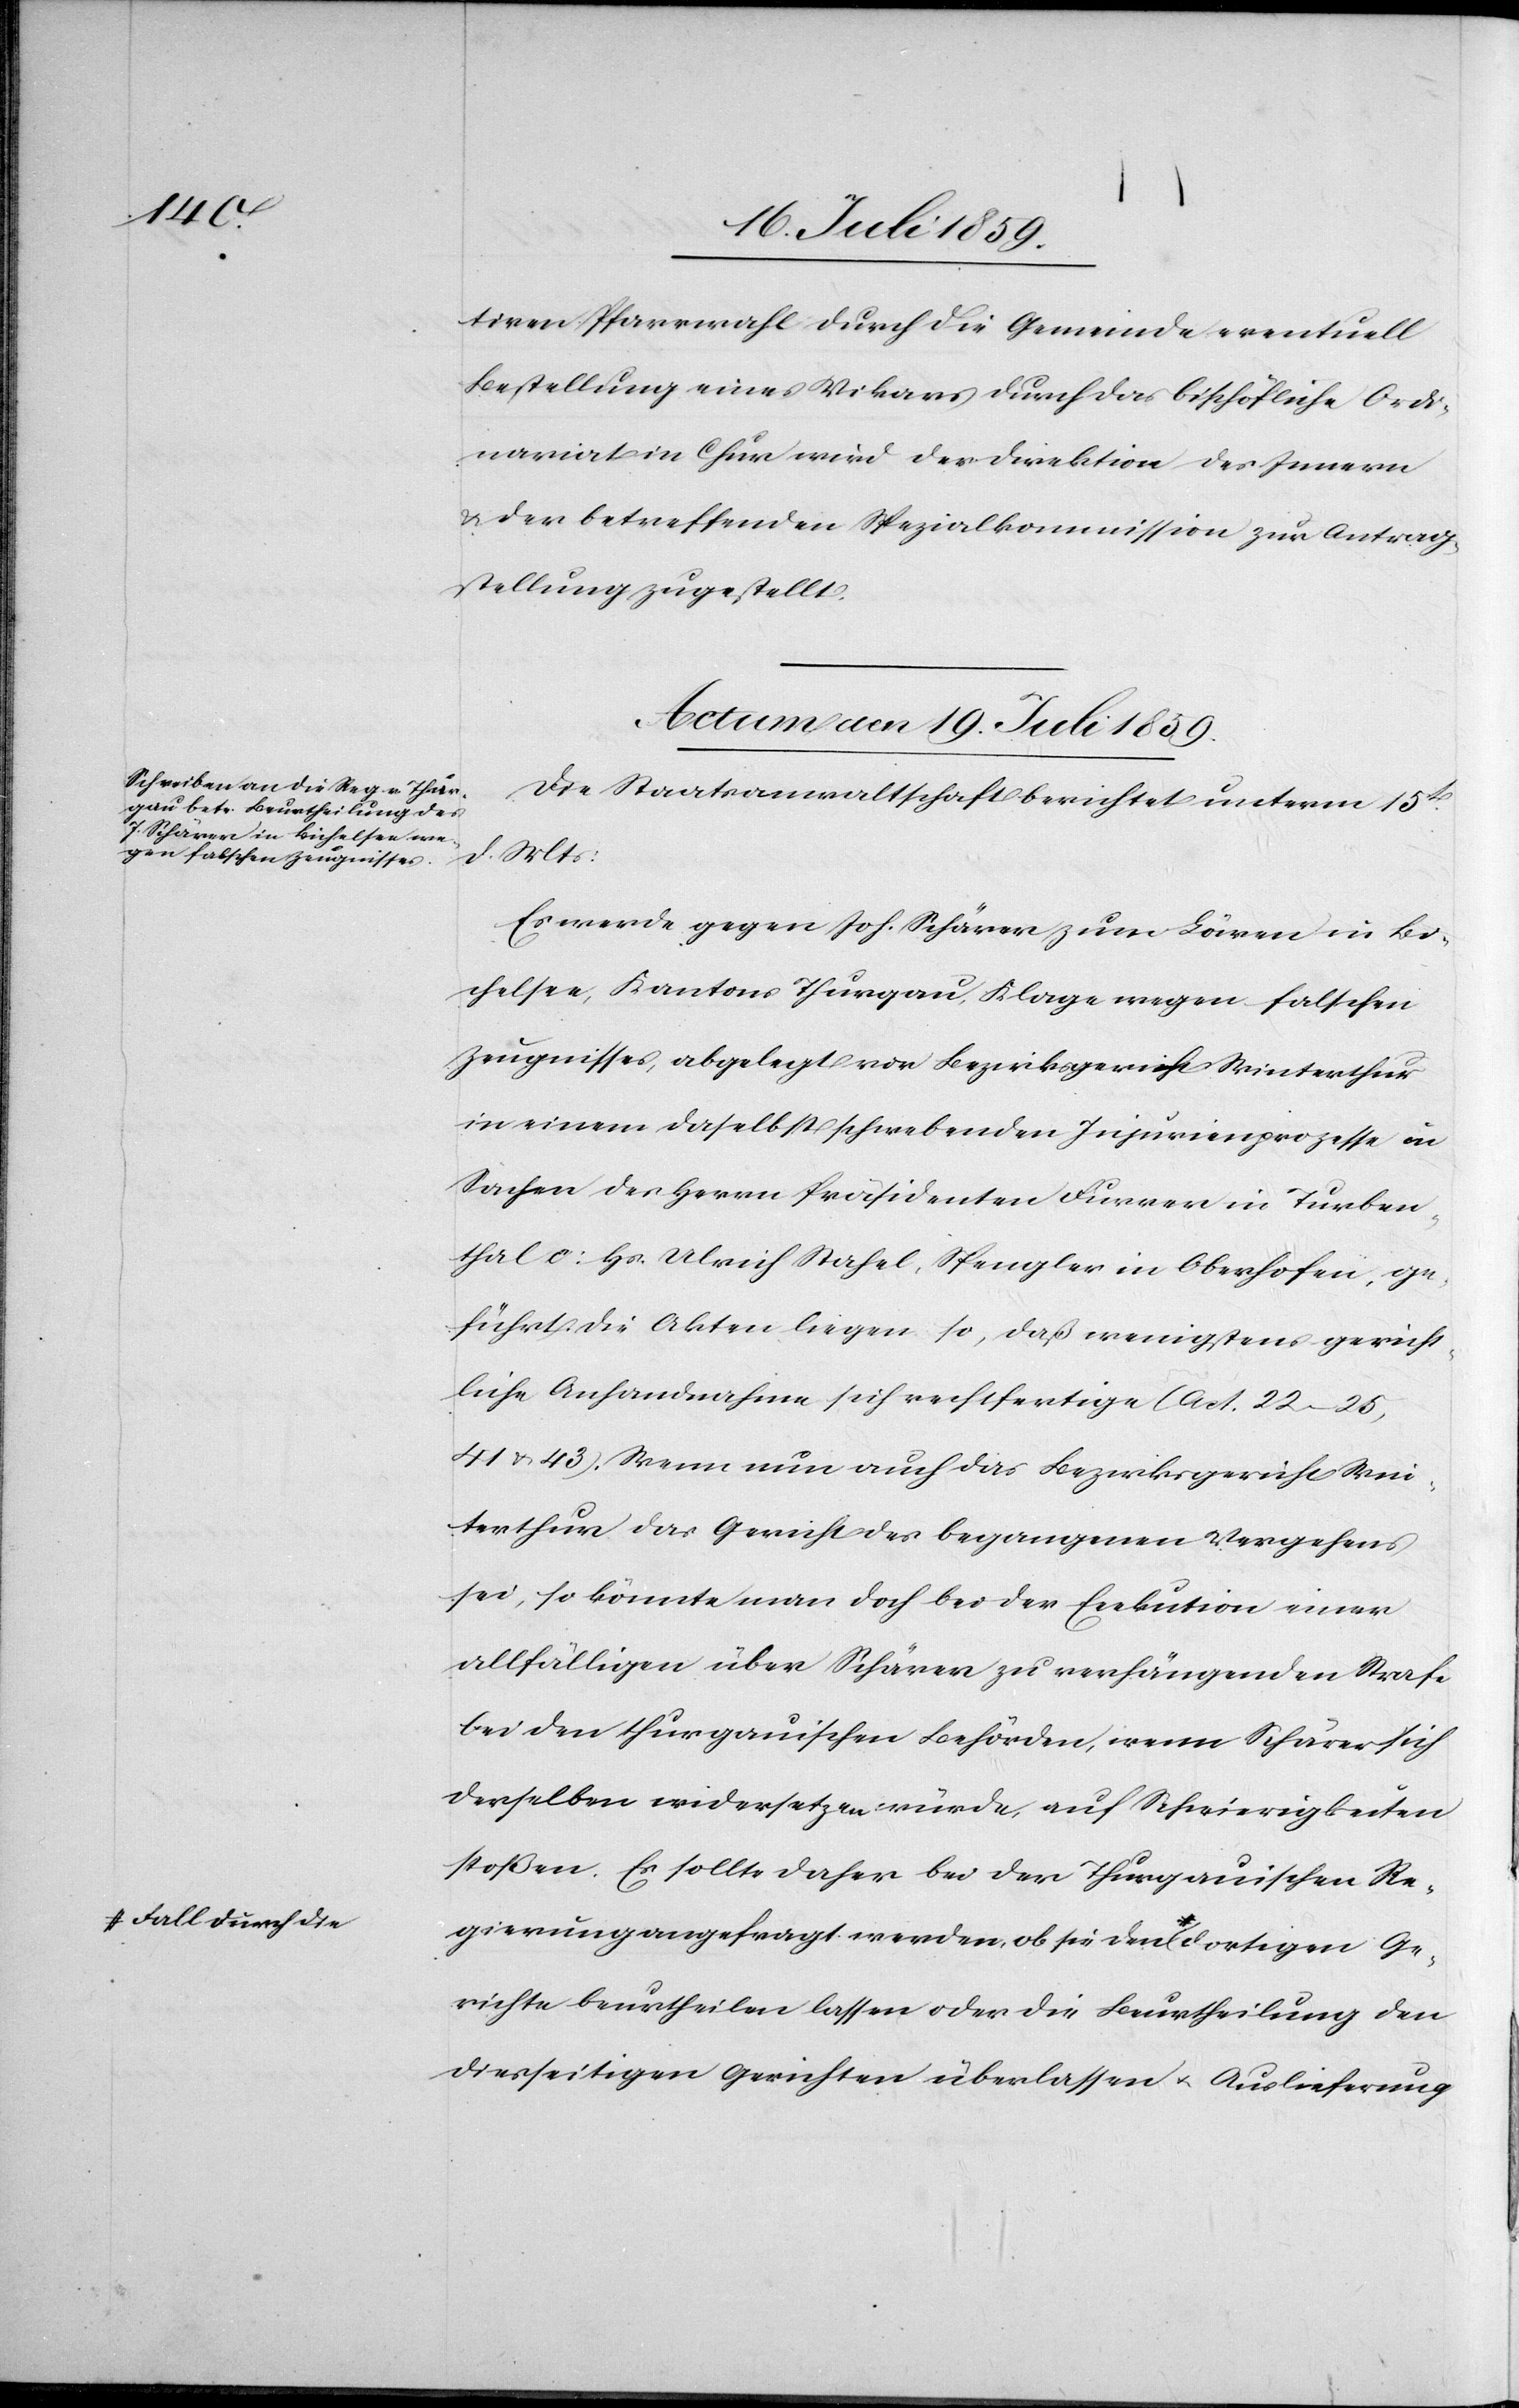
tiven Pfarrwahl durch die Gemeinde eventuell
Bestellung eines Vikars durch das bischöfliche Ordi¬
nariat in Chur wird der Direktion des Innern
u. der betreffenden Spezialkommission zur Antrag¬
stellung zugestellt.
Actum den 19. Juli 1859.
Die Staatsanwaltschaft berichtet unterm 15t.
d. Mts:
Es werde gegen Joh. Schärer [sic!] zum Löwen in Bi¬
chelsee, Kanton Thurgau, Klage wegen falschen
Zeugnisses, abgelegt vor Bezirksgericht Winterthur
in einem daselbst schwebenden Injurienprozesse in
Sachen des Herrn Präsidenten Furrer in Turben¬
thal c: Hs. Ulrich Stahel, Spengler in Oberhofen, ge¬
führt. Die Akten liegen so, daß wenigstens gericht¬
liche Anhandnahme sich rechtfertige (Act. 22–25,
41 u. 43). Wenn nun auch das Bezirksgericht Win¬
terthur das Gericht des begangenen Vergehens
sei, so könnte man doch bei der Exekution einer
allfälligen über Schärer zu verhängenden Strafe
bei den thurgauischen Behörden, wenn Schärer sich
derselben widersetzen würde, auf Schwierigkeiten
stoßen. Es sollte daher bei der Thurgauischen Re¬
gierung angefragt werden, ob sie den a-Fall durch
Gerichte beurtheilen lassen oder die Beurtheilung den
diesseitigen Gerichten überlassen u. Auslieferung